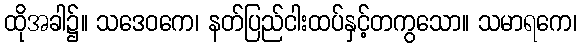
ထိုအခါ၌။ သဒေဝကေ၊ နတ်ပြည်ငါးထပ်နှင့်တကွသော။ သမာရကေ၊